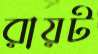
রায়ট